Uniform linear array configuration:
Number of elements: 32
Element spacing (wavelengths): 0.5
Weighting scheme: kaiser
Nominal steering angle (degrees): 0
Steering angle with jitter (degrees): -0.219
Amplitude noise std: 0.05
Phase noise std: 0.05

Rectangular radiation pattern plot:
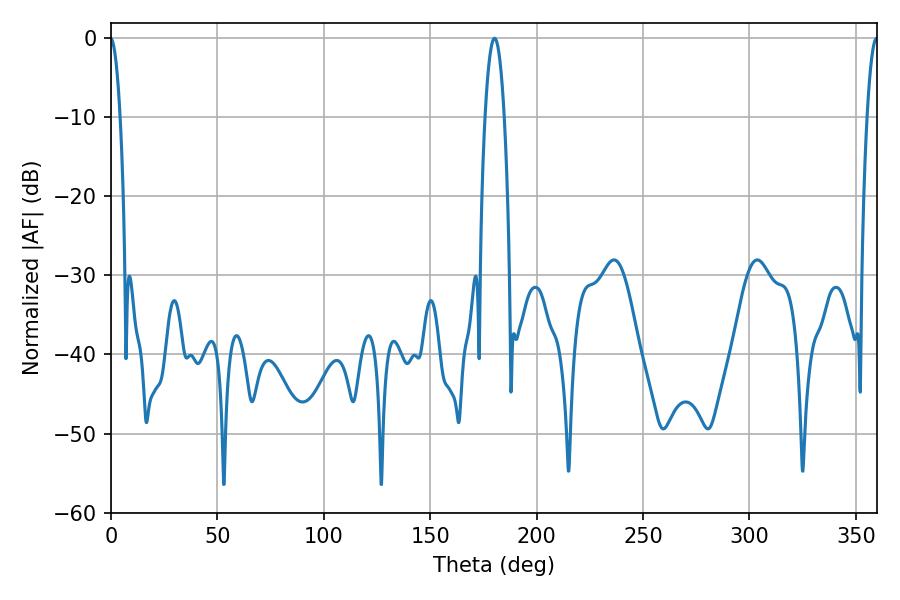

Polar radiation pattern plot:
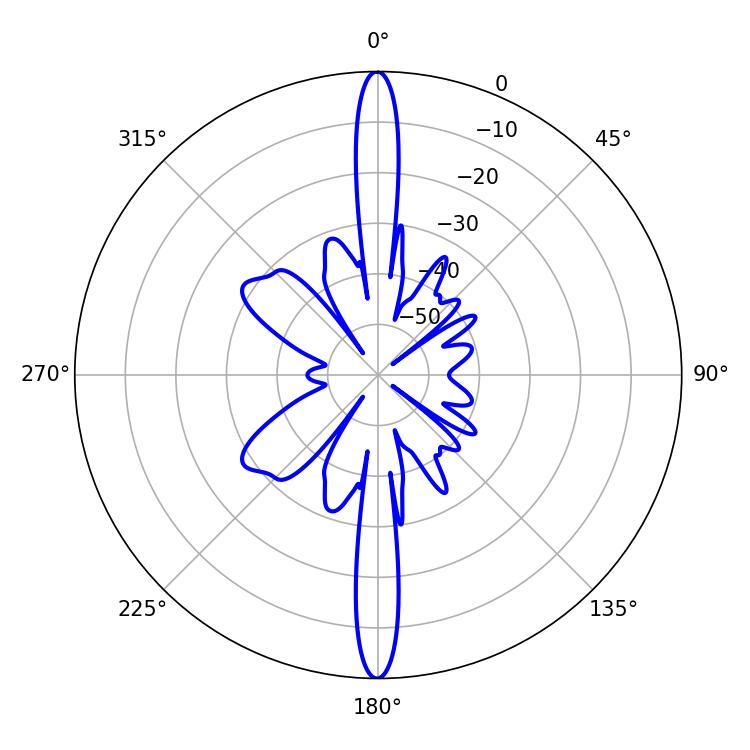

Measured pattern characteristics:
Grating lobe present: FALSE
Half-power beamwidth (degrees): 5.04
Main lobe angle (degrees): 180.18